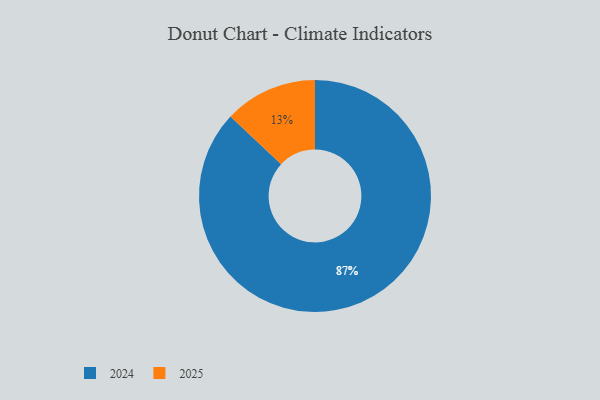
{"axis": {"x": "Category", "y": "Percentage"}, "legend": ["2024", "2025"], "data": [{"x": "2025", "y": 13, "type": "2025"}, {"x": "2024", "y": 87, "type": "2024"}]}